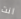
انت